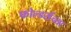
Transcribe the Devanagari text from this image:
फोल्डर्सच्या